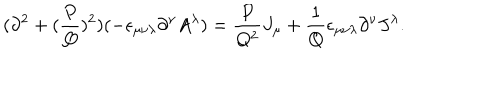
( \partial ^ { 2 } + ( { \frac { P } { Q } } ) ^ { 2 } ) ( - \epsilon _ { \mu \nu \lambda } \partial ^ { \nu } A ^ { \lambda } ) = { \frac { P } { Q ^ { 2 } } } J _ { \mu } + { \frac { 1 } { Q } } \epsilon _ { \mu \nu \lambda } \partial ^ { \nu } J ^ { \lambda } .